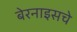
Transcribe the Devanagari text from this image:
बेरनाइसचे